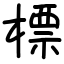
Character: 標